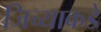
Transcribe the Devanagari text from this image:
जिच्याकडे